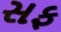
સફ